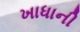
ખાધાની